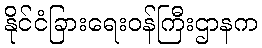
နိုင်ငံခြားရေးဝန်ကြီးဌာနက